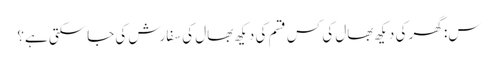
س: گھر کی دیکھ بھال کی کس قسم کی دیکھ بھال کی سفارش کی جاسکتی ہے؟